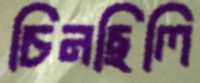
চিনছিলি